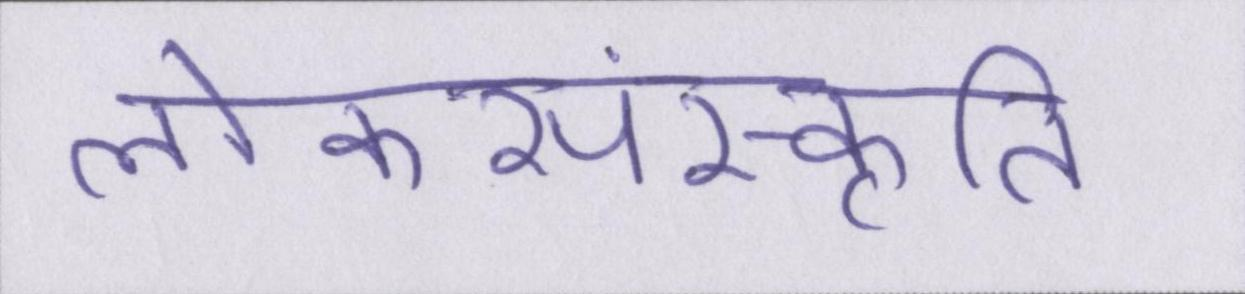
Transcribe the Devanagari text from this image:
लोकसंस्कृति